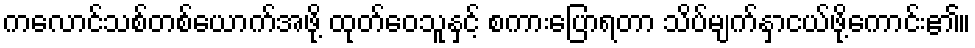
ကလောင်သစ်တစ်ယောက်အဖို့ ထုတ်ဝေသူနှင့် စကားပြောရတာ သိပ်မျက်နှာငယ်ဖို့ကောင်း၏။